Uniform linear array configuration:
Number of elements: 48
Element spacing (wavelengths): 1
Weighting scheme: binomial
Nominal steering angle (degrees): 15
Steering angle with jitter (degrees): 13.593
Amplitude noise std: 0.05
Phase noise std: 0.05

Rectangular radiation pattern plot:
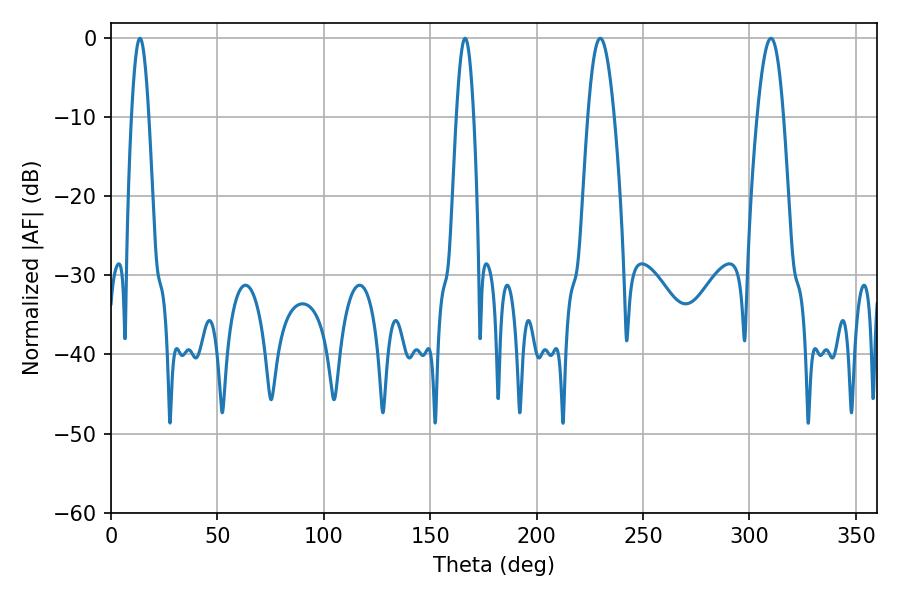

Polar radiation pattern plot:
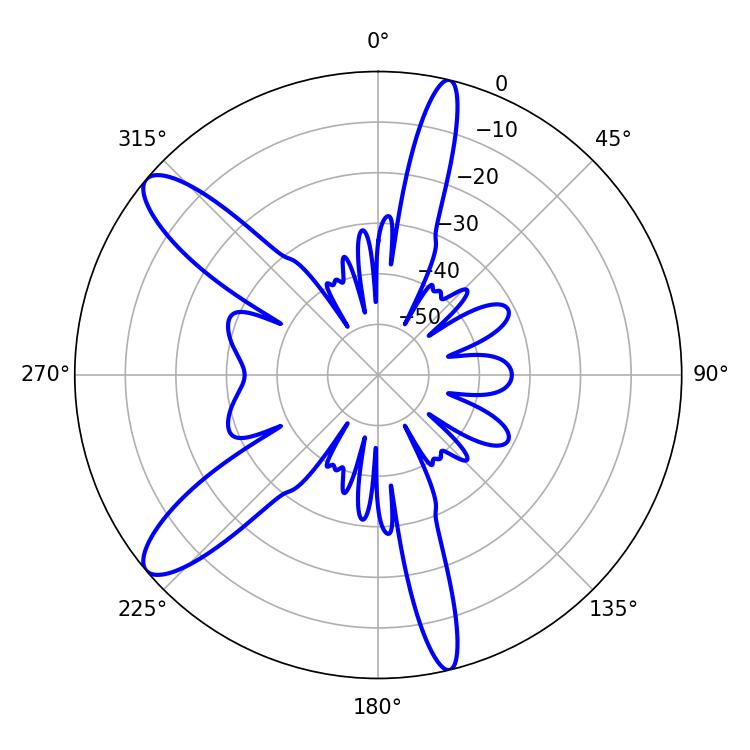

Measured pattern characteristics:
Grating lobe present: TRUE
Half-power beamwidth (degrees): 6.66
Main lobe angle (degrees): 229.86